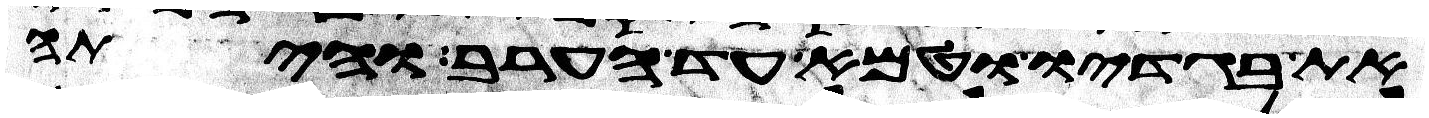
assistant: את בגדיו וטמא עד הערב והיתה